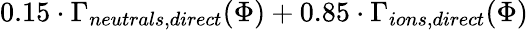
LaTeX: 0.15\cdot\Gamma_{neutrals,direct}(\Phi)+0.85\cdot\Gamma_{ions,direct}(\Phi)